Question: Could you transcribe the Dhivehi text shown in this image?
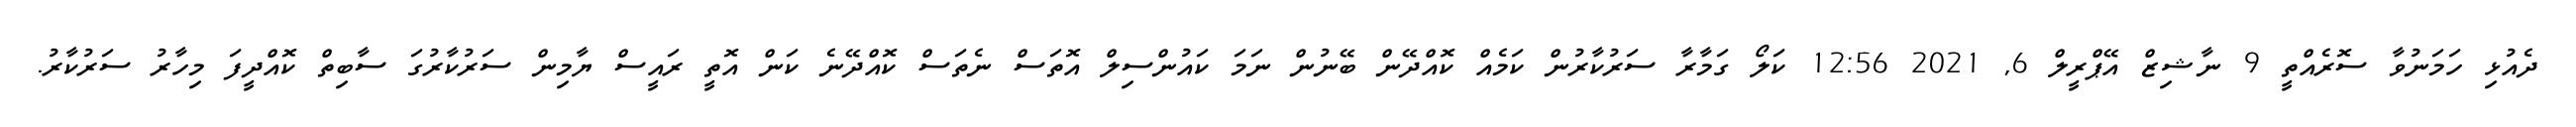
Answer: ދެއުޅި ހަމަނުވާ ސޮރެއްތީ 9 ނާޝިޒް އޭޕްރީލް 6, 2021 12:56 ކަލޯ ގަމާރާ ސަރުކާރުން ކަމެއް ކޮއްދޭން ބޭނުން ނަމަ ކައުންސިލް އޮތަސް ނެތަސް ކޮއްދޭނެ ކަން އޮތީ ރައީސް ޔާމިން ސަރުކާރުގަ ސާބިތް ކޮއްދީފަ މިހާރު ސަރުކާރު.